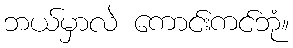
ဘယ်မှာလဲ ကောင်းကင်ဘုံ။